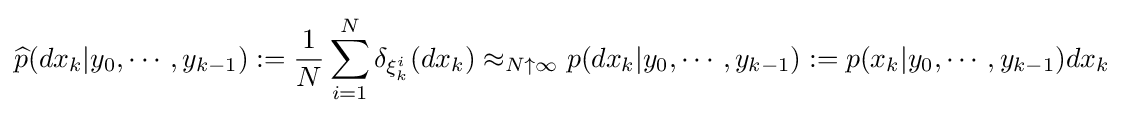
{\widehat {p}}(dx_{k}|y_{0},\cdots ,y_{k-1}):={\frac {1}{N}}\sum _{i=1}^{N}\delta _{\xi _{k}^{i}}(dx_{k})\approx _{N\uparrow \infty }p(dx_{k}|y_{0},\cdots ,y_{k-1}):=p(x_{k}|y_{0},\cdots ,y_{k-1})dx_{k}